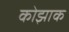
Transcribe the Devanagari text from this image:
कोझाक